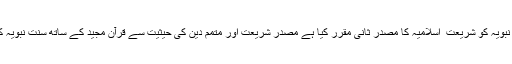
اجماع وقیاس کی حجیت کے لیے بھی اسی سے استدلال کیا جاتا ہے ،اور اسی نے سنت نبویہ کو شریعت ِ اسلامیہ کا مصدرِ ثانی مقرر کیا ہے مصدر شریعت اور متمم دین کی حیثیت سے قرآن مجید کے ساتھ سنت نبویہ کوقبول کرنےکی تاکید وتوثیق کے لیے قرآن مجید میں بے شمار قطعی دلائل موجود ہیں۔